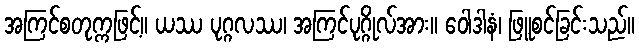
အကြင်စတုက္ကဖြင့်။ ယဿ ပုဂ္ဂလဿ၊ အကြင်ပုဂ္ဂိုလ်အား။ ဝေါဒါနံ၊ ဖြူစင်ခြင်းသည်။